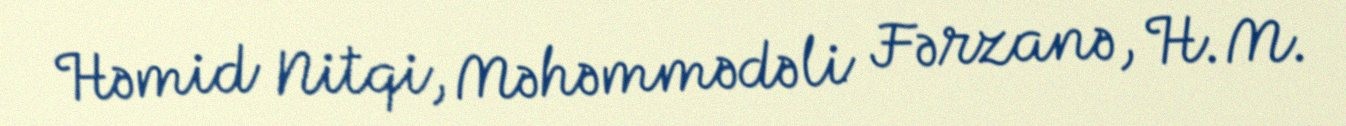
Həmid Nitqi, Məhəmmədəli Fərzanə, H.M.